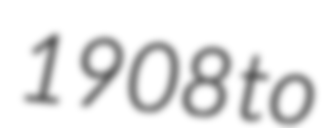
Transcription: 1908 to